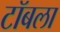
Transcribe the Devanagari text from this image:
टॉबला